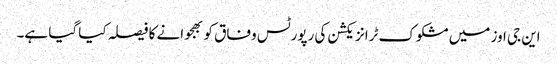
این جی اوز میں مشکوک ٹرانزیکشن کی رپورٹس وفاق کو بھجوانے کا فیصلہ کیا گیا ہے۔